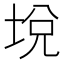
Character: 㙂